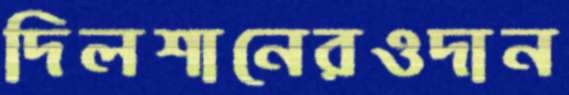
দিলশানেরওদান